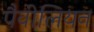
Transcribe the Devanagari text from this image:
पैवीलियन